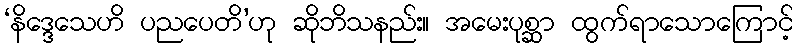
‘နိဒ္ဒေသေဟိ ပညပေတိ’ဟု ဆိုဘိသနည်း။ အမေးပုစ္ဆာ ထွက်ရာသောကြောင့်